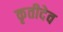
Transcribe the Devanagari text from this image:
कृतीदेव